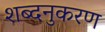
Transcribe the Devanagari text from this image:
शब्दनुकरण